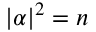
| \alpha | ^ { 2 } = n